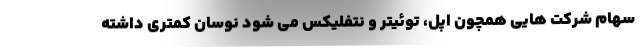
سهام شرکت هایی همچون اپل، توئیتر و نتفلیکس می شود نوسان کمتری داشته